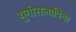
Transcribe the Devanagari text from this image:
युगोसलाविया